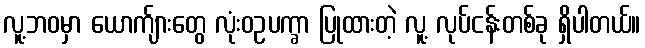
လူ့ဘဝမှာ ယောက်ျားတွေ လုံးဝဥပက္ခာ ပြုထားတဲ့ လူ့ လုပ်ငန်းတစ်ခု ရှိပါတယ်။